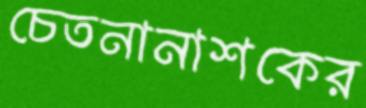
চেতনানাশকের